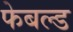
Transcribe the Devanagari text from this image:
फेबल्ड